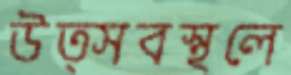
উত্সবস্থলে